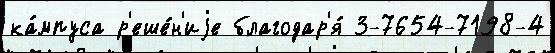
ка́мпуса р'еше́н'иjе благодар'я́ 3-7654-7198-4